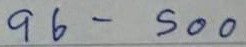
96 - 500